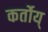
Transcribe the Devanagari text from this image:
कर्तोय्